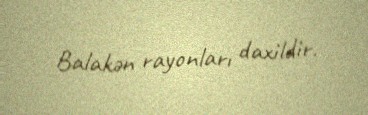
Balakən rayonları daxildir.